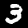
Label: 3